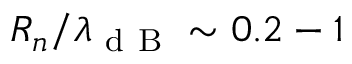
R _ { n } / \lambda _ { \mathrm { ~ d ~ B ~ } } \sim 0 . 2 - 1